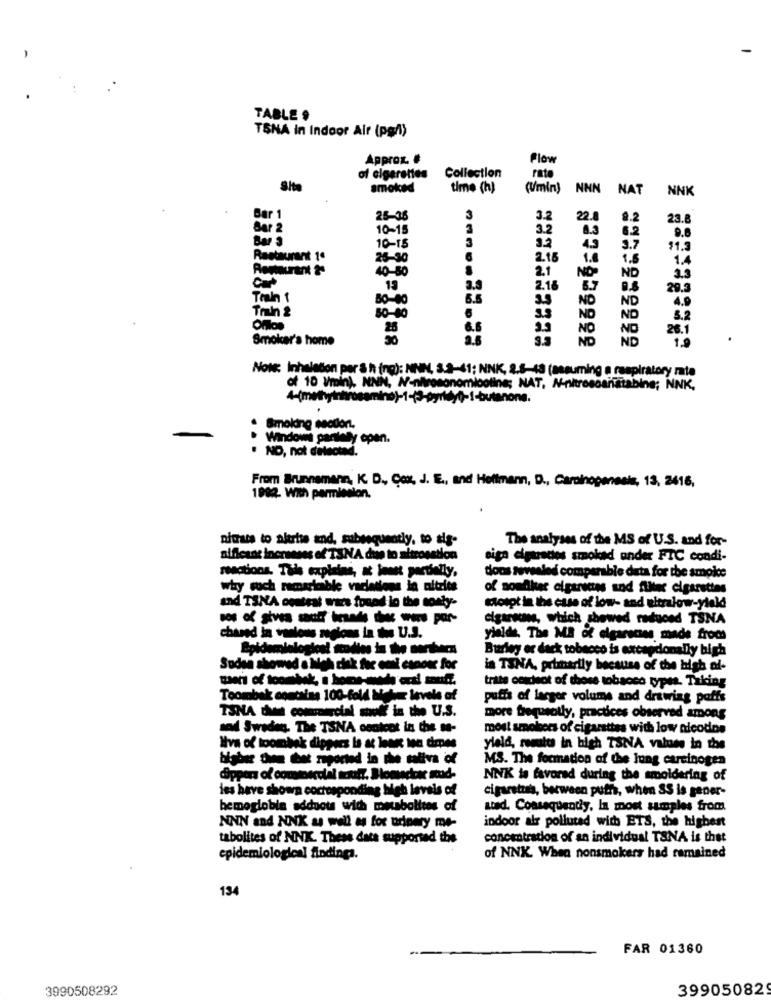
TABLE ,
TSNA in Indoor Air (pgA)
Approx. #
Flow
of cigarettes
Collection
rate
Site
smoked
time (h)
(Umin) NNN
NAT
NNK
Bar 1
26-38
3
3.2
2.8
8.2
23.8
Bar 2
10-15
3.2
Bar 3
3
9.0
10-15
3.2
4.5
3.7
11.3
Restaurant 1ª
25-30
2.16
1.0
1.5
1.4
40-50
2.1
NO-
NO
2.5
15
3.3
2.18
20.
Train 1
80-80
3.5
NO
ND
4.
Train &
80-80
3.3
NO
ND
26
6.6
NO
Smoker's home
ND
ND
Nous Inhalation por & h (ng): NINN, 3.2-41; NNK,
s-48 (assuming a respiratory rate
of 10 Vmin), NNN, N-nitrosonomicoline; NAT, N-nitrosoaristabine; NNK,
. Smoking section.
Windows partially open.
. NO, not delectad.
From Brunnemann, K. D ., Cox, J. E ., and Hoffmann, D ., Caminopensais, 13, 2416,
1982. With permission.
nitrats to altrise and, subsequently, to sig-
The analyses of the MS of U.S. and for-
aificant increases of TSNA due to aitrosstion
siga ciguades smoked onder FTC condi-
reactions. This explains, ac ionst partially.
doos revealed comparable data for the smoice
why such remarkable vacations in altrite
of souflles cigaricas and fliter cigarettes
and TSNA contrat was found in the monty-
storpt in the case of low- and ultralow-yield
cigareuns, which showed reduced TSNA
chased in various regions in the U.S.
yields. The MB of cigarsans made from
Burley er deck tobacco is excepdonally bigh
Sudan showed
in TSNA, primarily because of the high af-
trite coscieot of those tobacco types. Taking
Toombak contains 100-fold Metz levels of
puffs of larger volume and drawing poffs
TSNA dies commercial
soweit in the U.S.
more frequently, practices observed among
sad Sweden, The TSNA content in the me-
most smokers of cigarettes with low nicodos
Iva of toombek dippers is at least too dimpes
yield, resto in high TSNA values in the
higher twee tet reported in the saliva of
MS. The formation of the lung carcinogen
NNK ts favored during the smoldering of
les have shown corresponding high levels of
cigaretzas, between puth, when SS is gener-
hemoglobin adducts wich metabolites of
stad. Consequently, In most samples from
indoor air polluted with ETS, the highest
NNN and NNK as well as for urinary me-
tabolites of NNK. These data supported the
concentration of an individual TSNA is thet
epidemiological findings.
of NNK. When nonsmokers had ramained
134
FAR 01360
3990508292
399050829